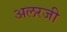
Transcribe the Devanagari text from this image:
अलरजी